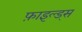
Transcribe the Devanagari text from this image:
फ़ाइल्ड्स